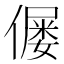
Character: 𠎪